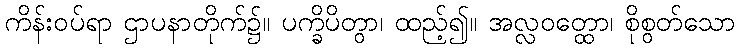
ကိန်းဝပ်ရာ ဌာပနာတိုက်၌။ ပက္ခိပိတွာ၊ ထည့်၍။ အလ္လဝတ္ထော၊ စိုစွတ်သော